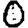
Digit: 0